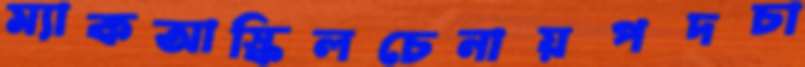
ম্যাকআস্কিলচেনায়পদচা